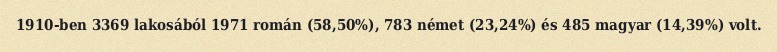
1910-ben 3369 lakosából 1971 román (58,50%), 783 német (23,24%) és 485 magyar (14,39%) volt.